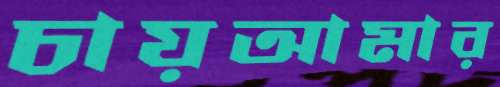
চায়আমার